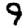
Digit: 9